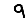
Digit: 9